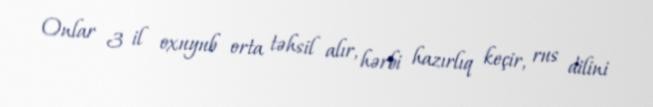
Onlar 3 il oxuyub orta təhsil alır, hərbi hazırlıq keçir, rus dilini